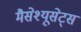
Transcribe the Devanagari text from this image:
मैसेश्यूसेट्स